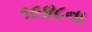
૧૯૪૮ના